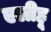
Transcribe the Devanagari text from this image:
एलीहू